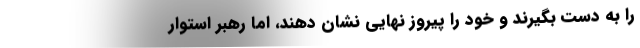
را به دست بگیرند و خود را پیروز نهایی نشان دهند، اما رهبر استوار